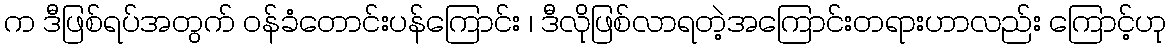
က ဒီဖြစ်ရပ်အတွက် ဝန်ခံတောင်းပန်ကြောင်း ၊ ဒီလိုဖြစ်လာရတဲ့အကြောင်းတရားဟာလည်း ကြောင့်ဟု